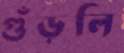
গুঁড়লি